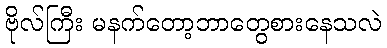
ဗိုလ်ကြီး မနက်တော့ဘာတွေစားနေသလဲ